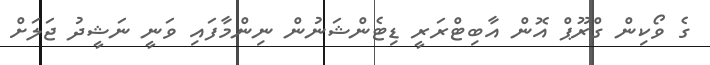
ގެ ވޯކިން ގްރޫޕް އޮން އާބިޓްރަރީ ޑިޓެންޝަނުން ނިންމާފައި ވަނީ ނަޝީދު ޖަލަށް